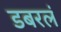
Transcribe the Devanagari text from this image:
डबरलं